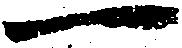
一